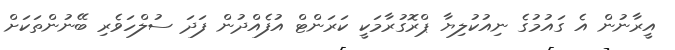
އީރާނުން އެ ގައުމުގެ ނިއުކުލިޔާ ޕްރޮގުރާމަކީ ކަރަންޓް އުފެއްދުން ފަދަ ސުލްހަވެރި ބޭނުންތަކަށް